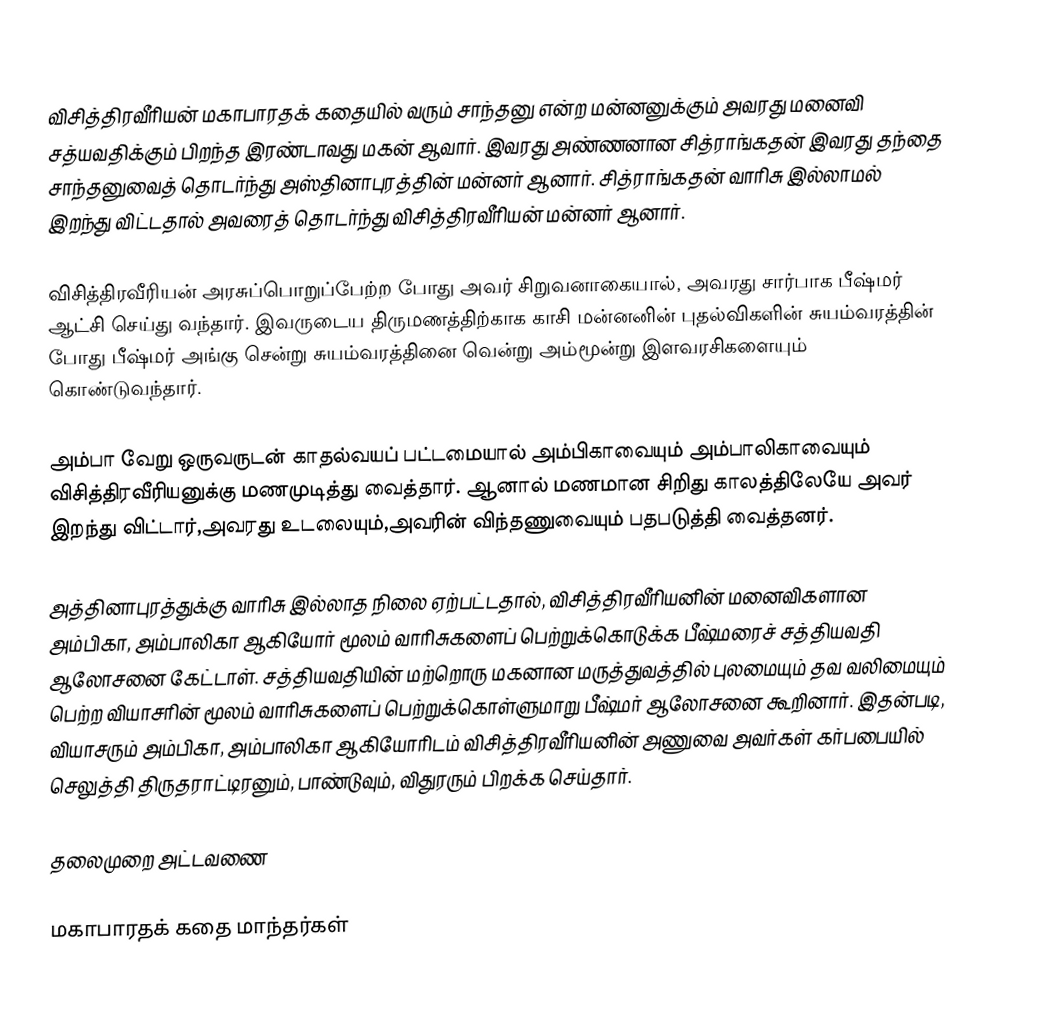
விசித்திரவீரியன் மகாபாரதக் கதையில் வரும் சாந்தனு என்ற மன்னனுக்கும் அவரது மனைவி சத்யவதிக்கும் பிறந்த இரண்டாவது மகன் ஆவார். இவரது அண்ணனான சித்ராங்கதன் இவரது தந்தை சாந்தனுவைத் தொடர்ந்து அஸ்தினாபுரத்தின் மன்னர் ஆனார். சித்ராங்கதன் வாரிசு இல்லாமல் இறந்து விட்டதால் அவரைத் தொடர்ந்து விசித்திரவீரியன் மன்னர் ஆனார்.

விசித்திரவீரியன் அரசுப்பொறுப்பேற்ற போது அவர் சிறுவனாகையால், அவரது சார்பாக பீஷ்மர் ஆட்சி செய்து வந்தார். இவருடைய திருமணத்திற்காக காசி மன்னனின் புதல்விகளின் சுயம்வரத்தின் போது பீஷ்மர் அங்கு சென்று சுயம்வரத்தினை வென்று அம்மூன்று இளவரசிகளையும் கொண்டுவந்தார்.

அம்பா வேறு ஒருவருடன் காதல்வயப் பட்டமையால் அம்பிகாவையும் அம்பாலிகாவையும் விசித்திரவீரியனுக்கு மணமுடித்து வைத்தார். ஆனால் மணமான சிறிது காலத்திலேயே அவர் இறந்து விட்டார்,அவரது உடலையும்,அவரின் விந்தணுவையும் பதபடுத்தி வைத்தனர்.

அத்தினாபுரத்துக்கு வாரிசு இல்லாத நிலை ஏற்பட்டதால், விசித்திரவீரியனின் மனைவிகளான அம்பிகா, அம்பாலிகா ஆகியோர் மூலம் வாரிசுகளைப் பெற்றுக்கொடுக்க பீஷ்மரைச் சத்தியவதி ஆலோசனை கேட்டாள். சத்தியவதியின் மற்றொரு மகனான மருத்துவத்தில் புலமையும் தவ வலிமையும் பெற்ற வியாசரின் மூலம் வாரிசுகளைப் பெற்றுக்கொள்ளுமாறு பீஷ்மர் ஆலோசனை கூறினார். இதன்படி, வியாசரும்  அம்பிகா, அம்பாலிகா ஆகியோரிடம் விசித்திரவீரியனின் அணுவை அவர்கள் கர்பபையில் செலுத்தி திருதராட்டிரனும், பாண்டுவும், விதுரரும் பிறக்க செய்தார்.

தலைமுறை அட்டவணை

மகாபாரதக் கதை மாந்தர்கள்